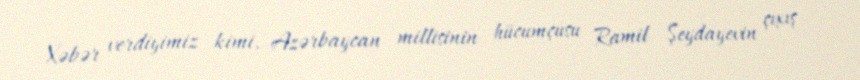
Xəbər verdiyimiz kimi, Azərbaycan millisinin hücumçusu Ramil Şeydayevin çıxış